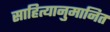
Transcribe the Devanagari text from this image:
साहित्यानुमानित